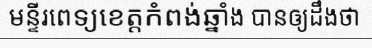
មន្ទីរពេទ្យខេត្តកំពង់ឆ្នាំង បានឲ្យដឹងថា